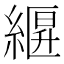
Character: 𦃷